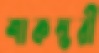
শাকম্ভরী